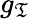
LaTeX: g_{\mathfrak{T}}